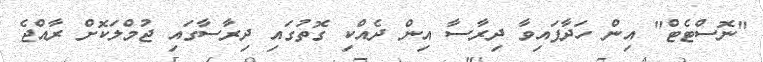
"ނޮސްޓެޓް" އިން ހަދާފައިވާ ދިރާސާ އިން ދެއްކި ގޮތުގައި ދިރާސާގައި ޖުމްލަކޮށް ރާއްޖެ